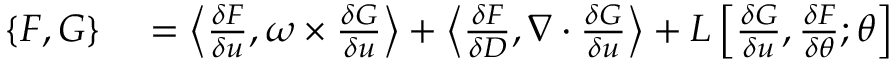
\begin{array} { r l } { \{ F , G \} } & { { } = \left\langle \frac { \delta F } { \delta u } , \omega \times \frac { \delta G } { \delta u } \right\rangle + \left\langle \frac { \delta F } { \delta D } , \nabla \cdot \frac { \delta G } { \delta u } \right\rangle + L \left[ \frac { \delta G } { \delta u } , \frac { \delta F } { \delta \theta } ; \theta \right] } \end{array}